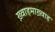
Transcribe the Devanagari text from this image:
ख़्वाहमाख़्वाह